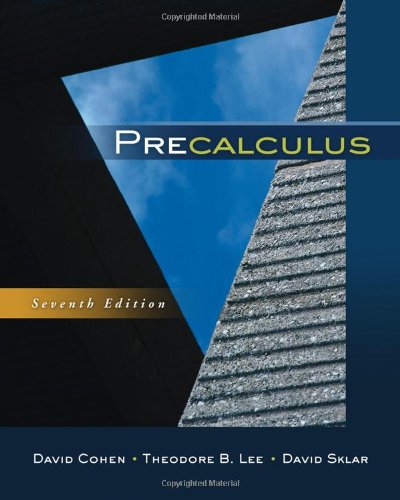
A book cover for Precalculus; David Cohen; Science & Math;